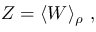
\begin{array} { r } { Z = \langle W \rangle _ { \rho } \mathrm { ~ , ~ } } \end{array}